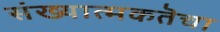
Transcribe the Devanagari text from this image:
संख्यात्मकतॆचा